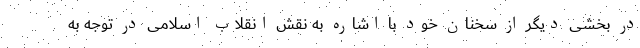
در بخشی دیگر از سخنان خود با اشاره به نقش انقلاب اسلامی در توجه به